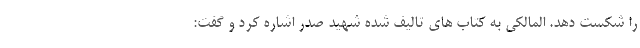
را شکست دهد. المالکی به کتاب های تالیف شده شهید صدر اشاره کرد و گفت: